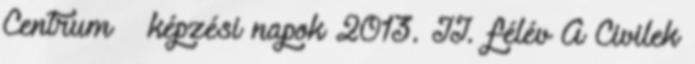
Centrum – képzési napok 2013. II. félév A Civilek